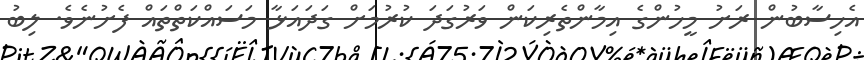
އެހިސާބުން ރަށު މީހުންގެ އިމާންތެރިކަން ވަރުގަދަ ކުރުމަށް ގަދައަޅާ މަސައްކަތްތައް ފެށުނެވެ. ލިބު